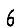
Digit: 6